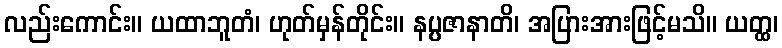
လည်းကောင်း။ ယထာဘူတံ၊ ဟုတ်မှန်တိုင်း။ နပ္ပဇာနာတိ၊ အပြားအားဖြင့်မသိ။ ယတ္ထ၊